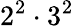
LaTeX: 2^{2}\cdot 3^{2}